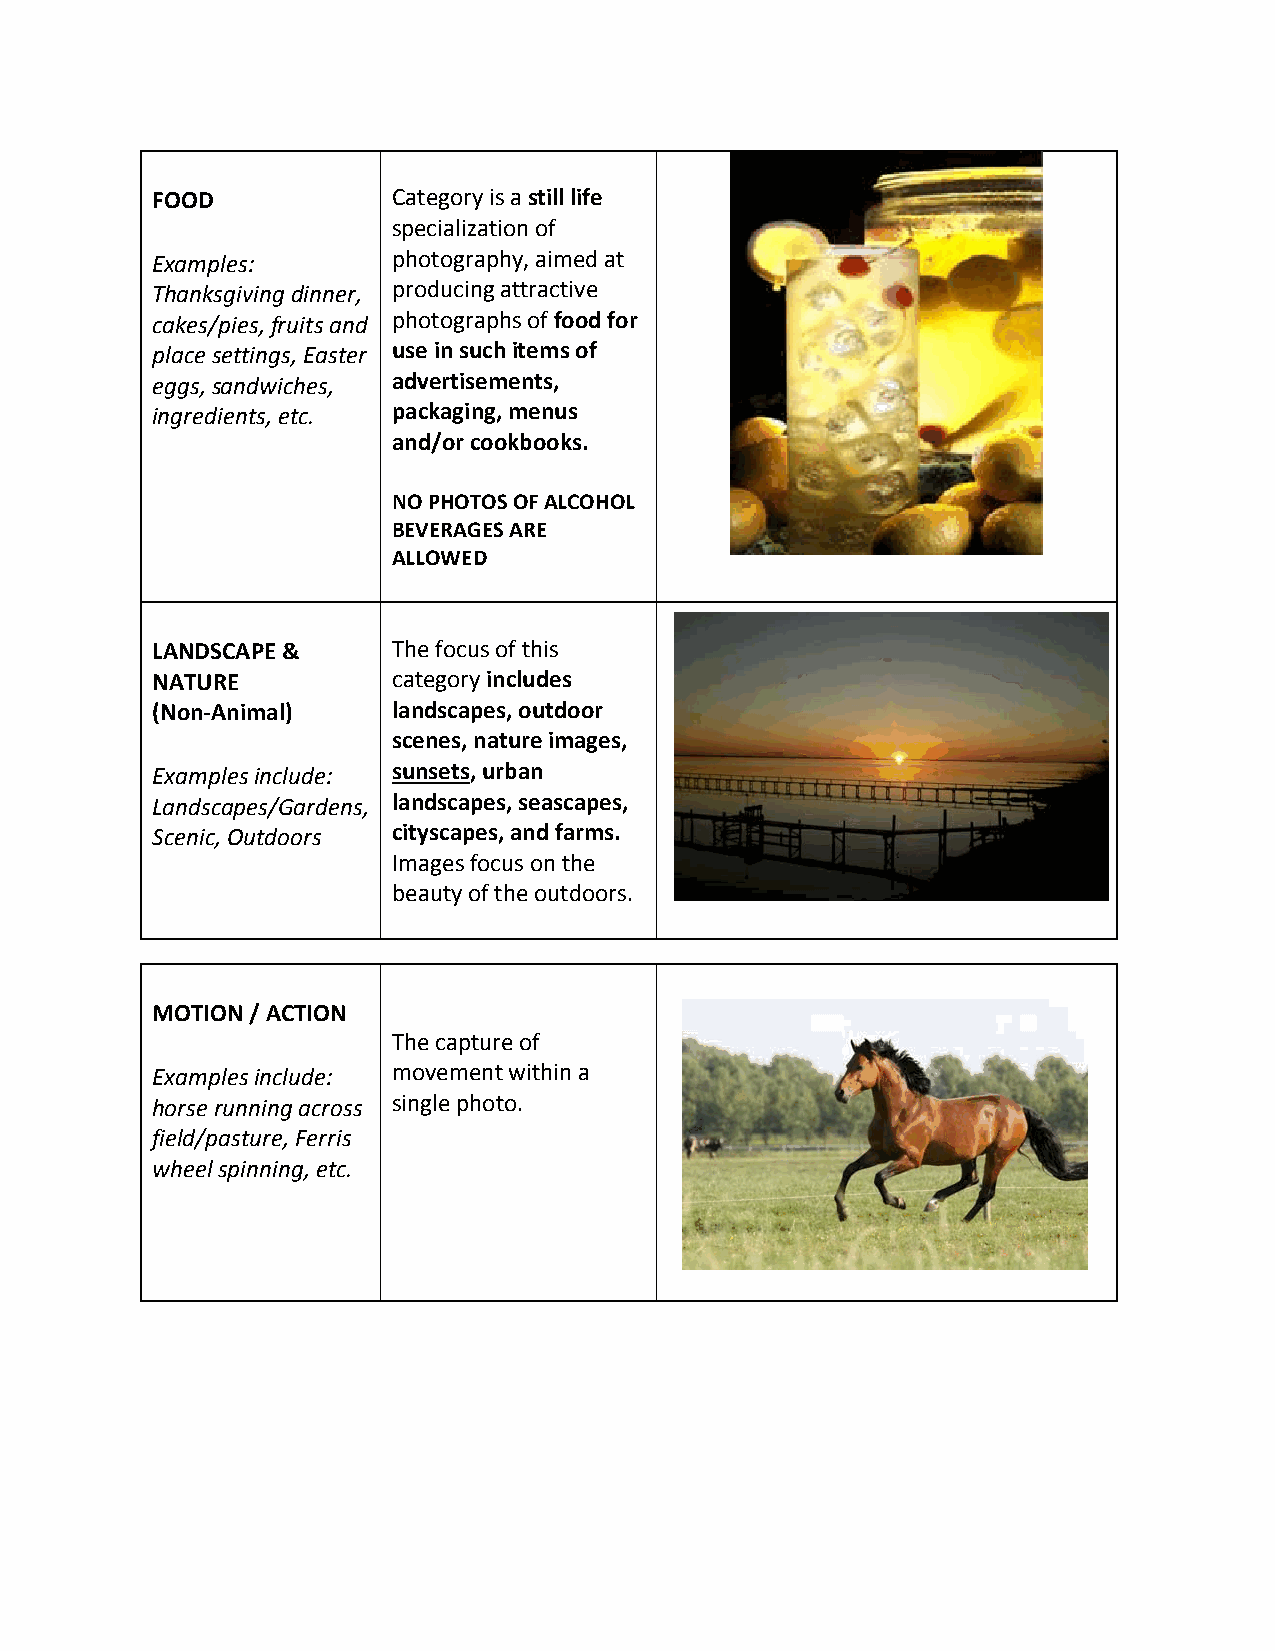
FOOD            Category is a still life
 specialization of
 Examples:       photography, aimed at
 Thanksgiving dinner, producing attractive
 cakes/pies, fruits and photographs of food for
 place settings, Easter use in such items of
 eggs, sandwiches, advertisements,
 ingredients, etc. packaging, menus
 and/or cookbooks.
 NO PHOTOS OF ALCOHOL
 BEVERAGES ARE
 ALLOWED
 LANDSCAPE &     The focus of this
 NATURE          category includes
 (Non‐Animal)    landscapes, outdoor
 scenes, nature images,
 Examples include: sunsets, urban
 Landscapes/Gardens, landscapes, seascapes,
 Scenic, Outdoors cityscapes, and farms.
 Images focus on the
 beauty of the outdoors.
 MOTION / ACTION
 The capture of
 Examples include: movement within a
 horse running across single photo.
 field/pasture, Ferris
 wheel spinning, etc.